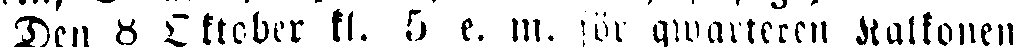
Den 8 Oktober kl. 5 e. m. för qvarteren Kalkonen,